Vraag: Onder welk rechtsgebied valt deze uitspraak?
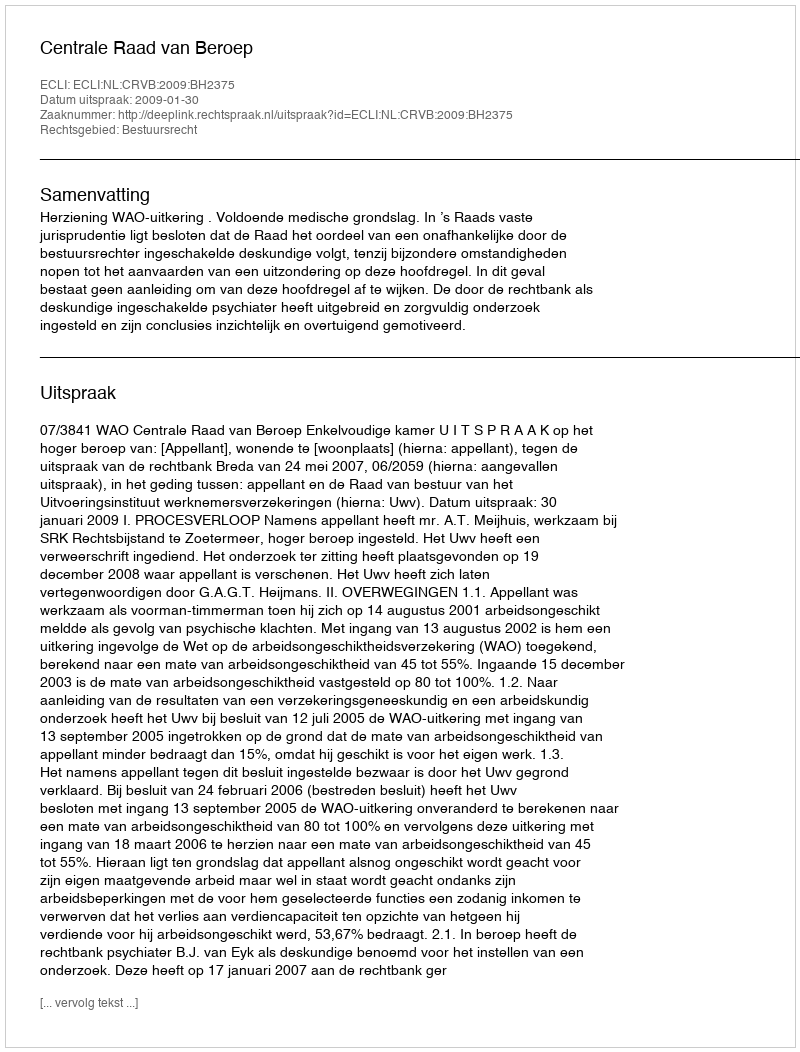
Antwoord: Bestuursrecht